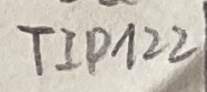
Text: TIP122